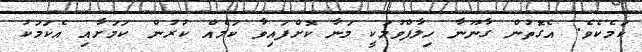
ކަމެކެވެ. އެގޮތުން ގާނޫނާ ހިލާފްވުމަކީ މަނާ ކޮށްފައިވާ ކަމެއް ކުރުން ކަމަށާއި އެކަމަކު